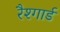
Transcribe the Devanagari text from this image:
रैश्गार्ड